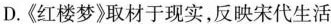
D.《红楼梦》取材于现实，反映宋代生活